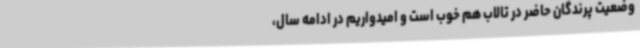
وضعیت پرندگان حاضر در تالاب هم خوب است و امیدواریم در ادامه سال،